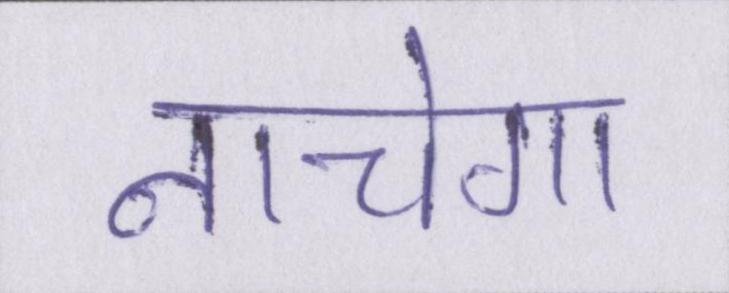
नाचेगा